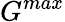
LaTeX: G^{max}